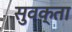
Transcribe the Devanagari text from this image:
सुवक्‍ता